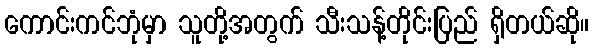
ကောင်းကင်ဘုံမှာ သူတို့အတွက် သီးသန့်တိုင်းပြည် ရှိတယ်ဆို။